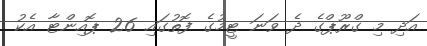
އަދި މި ގްރޫޕްގެ ދެ ވަނަ ޓީމުގެ ފޮތުގައި 26 ޕޮއިންޓާ އެކު